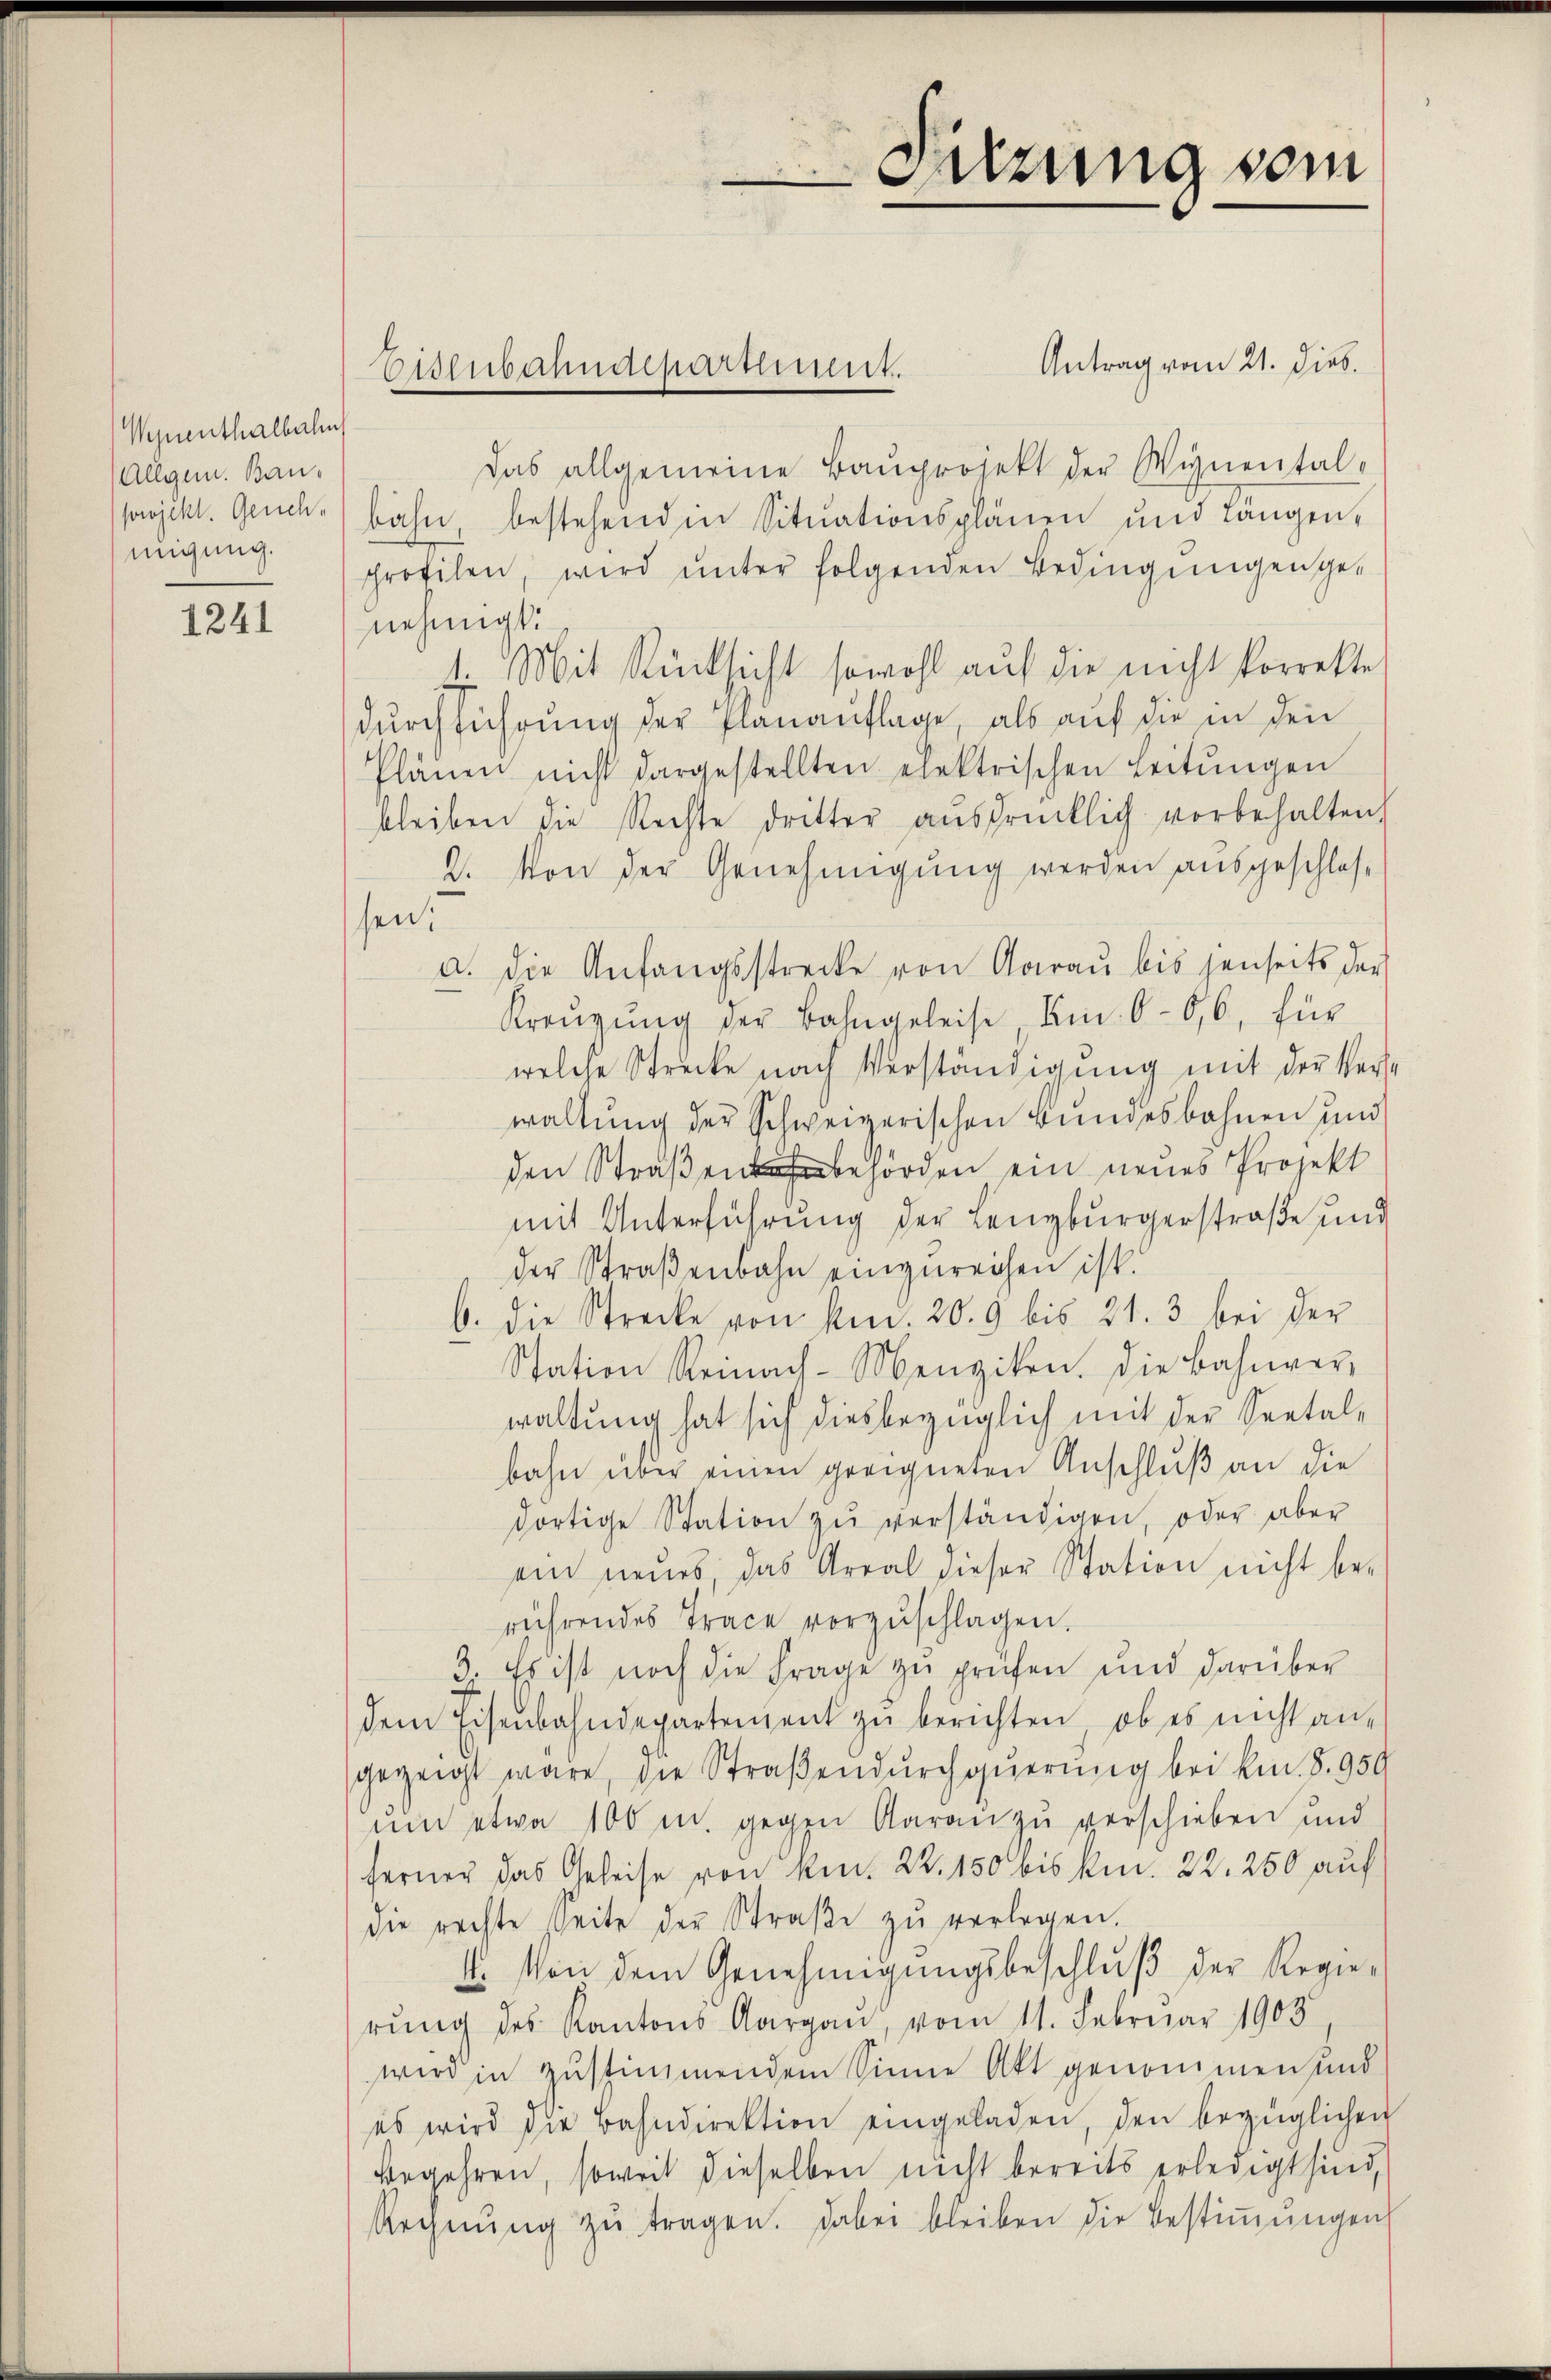
Vequenthalbahn
Allgem. Bausowjekt. Genehmigung.

1241

Antrag vom 21. Dieb.
Das allgemeine Bauprojekt der Wynental-
bahn, bestehenden Situationsplänen und Längenprofilen, wird ŭnter folgenden Bedingŭngen ge-
nehmigt.
1. Mit Rücksicht sowohl auf die nicht korrekte
dŭrchführŭng der Planaŭflage, als aŭf die in den
Plänen nicht dargestellten elektrischen Leitŭngen
bleiben die Rechte dritter aŭsdrücklich vorbehalten,
2. Von der Genehmigung werden ausgeschlossen.
a. Die Anfangsstrecke von Aarau bis jenseits der
Krenzung der Bahngeleise Ein 6-6,6, für
welche Strecke nach Verständigung mit der Verse
waltung der Schweizerischen Bundesbahnen und
den Straßenbehörden ein neues Projekt
mit Unterführung der Lenzburgerstraße und
der Straßenbahn einzureichen ist.
b. die Strecke von kn. 20. 9 bis 21. 3. bei der
Station Reinach-Menziken. Die Bahnverwaltung hat sich diesbezüglich mit der Seetalbahn über einen geeigneten Anschluß an die
dortige Station zŭ verständigen, oder aber
ein neues, das Areal dieser Station nicht be-
rührendes Trace vorzŭschlagen.
3. Es ist noch die Frage zu prüfen und darüber
dem Eisenbahndepartement zu berichten, ob es nicht an-
gezeigt wäre, die Straßendurchguerung bei kn. 8. 959
um etwa 100 m. gegen Aarau zu verschieben und
ferner das Geleise von kn. 22. 150 bis kn. 22. 250 auf
die rechte Seite der Straβe zŭ verlegen.
4. Von dem Genehmigungsbeschluß der Regierŭng des Kantons Aargau, vom 11. Februar 1903
wird in zustimmendem Sinne Akt genommen und
es wird die Bahndirektion eingeladen, den bezüglichen
Begehren, soweit dieselben nicht bereits erledigt sind,
Rechnŭng zŭ tragen. Dabei bleiben die Bestiṁŭngen

Eisenbahndepartement.

Setzung vom